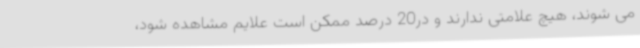
می شوند، هیچ علامتی ندارند و در20 درصد ممکن است علایم مشاهده شود،